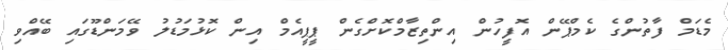
މެޑަމް ފާތުންގެ ކެމްޕޭން އޮފީހުން އިންތިޒާމްކޮށްގެން ޕީޕީއެމް އިން ކޮޅުމަޑުލު ވޭމަންޑޫގައި ބޭއްވި